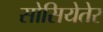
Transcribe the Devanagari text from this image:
सोसियेतेर